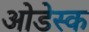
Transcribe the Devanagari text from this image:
ओडेस्क